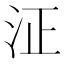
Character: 泟